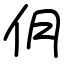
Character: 仴